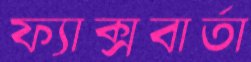
ফ্যাক্সবার্তা